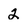
Character: 2